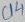
Text: C14